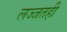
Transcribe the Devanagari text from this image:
लज्जतही